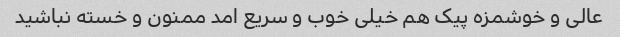
عالی و خوشمزه پیک هم خیلی خوب و سریع امد ممنون و خسته نباشید